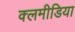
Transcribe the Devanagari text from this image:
क्लमीडिया